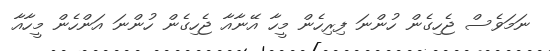
ނަމަވެސް ޖެހިގެން ހުންނަ ފިރިހެން މީހާ އޭނާއާ ޖެހިގެން ހުންނަ އަންހެން މީހާއާ